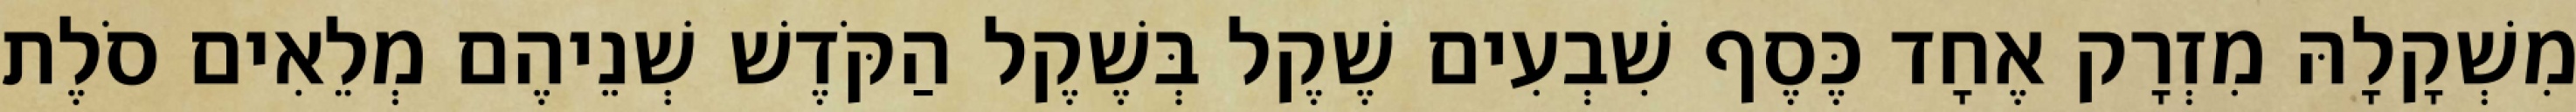
מִשְׁקָלָהּ מִזְרָק אֶחָד כֶּסֶף שִׁבְעִים שֶׁקֶל בְּשֶׁקֶל הַקֹּדֶשׁ שְׁנֵיהֶם מְלֵאִים סֹלֶת